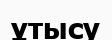
ұтысу